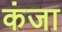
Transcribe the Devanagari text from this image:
कंजा